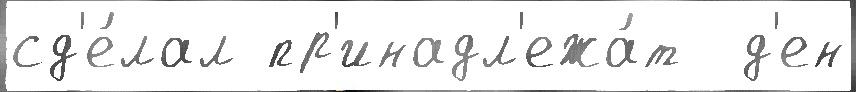
сд'е́лал пр'инадл'ежа́т  д'ен